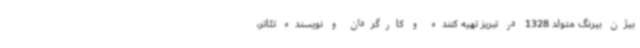
بیژن بیرنگ متولد 1328 در تبریز تهیه کننده و کارگردان و نویسنده تئاتر،